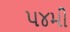
૫૪મી